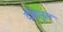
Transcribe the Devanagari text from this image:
दीवानुल